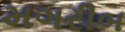
મગરીબ